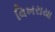
વિખરાયા